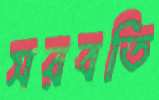
সরবতি